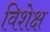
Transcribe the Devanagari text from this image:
विशेक्ष